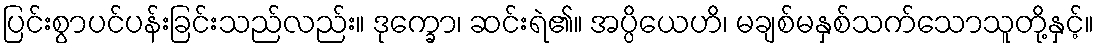
ပြင်းစွာပင်ပန်းခြင်းသည်လည်း။ ဒုက္ခော၊ ဆင်းရဲ၏။ အပ္ပိယေဟိ၊ မချစ်မနှစ်သက်သောသူတို့နှင့်။